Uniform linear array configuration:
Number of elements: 16
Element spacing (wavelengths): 0.25
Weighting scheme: hamming
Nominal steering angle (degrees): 30
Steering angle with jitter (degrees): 30.691
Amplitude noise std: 0.05
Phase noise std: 0.05

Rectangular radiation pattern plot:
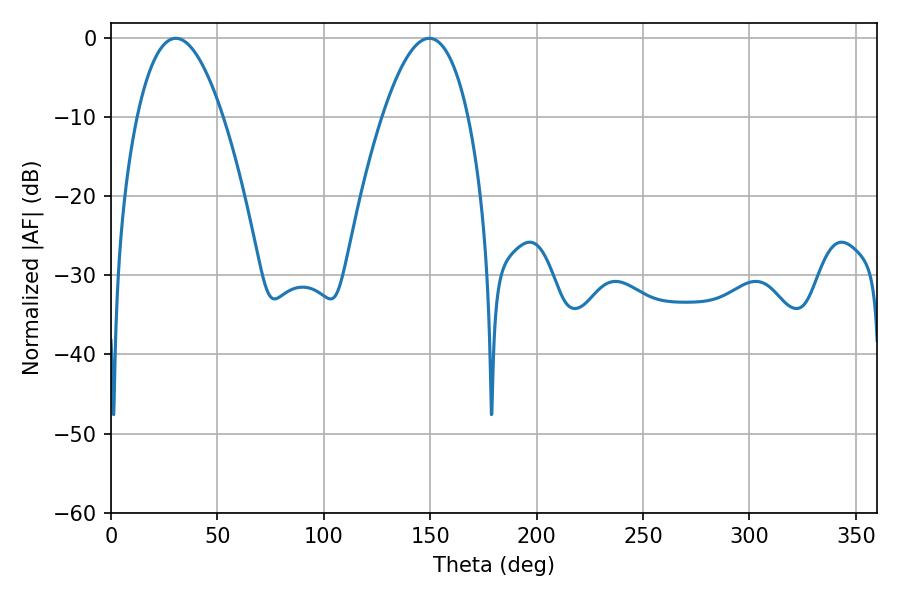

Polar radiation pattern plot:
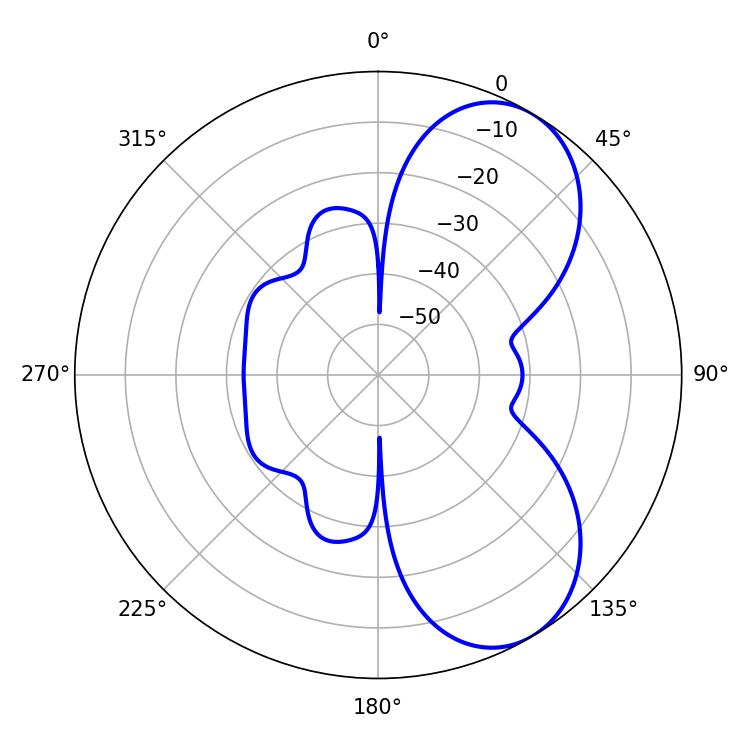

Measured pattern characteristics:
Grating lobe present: FALSE
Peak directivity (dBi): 6.681
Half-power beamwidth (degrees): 22.14
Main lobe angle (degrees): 30.42